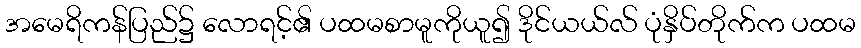
အမေရိကန်ပြည်၌ လောရင့်၏ ပထမစာမူကိုယူ၍ ဒိုင်ယယ်လ် ပုံနှိပ်တိုက်က ပထမ